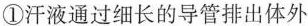
①汗液通过细长的导管排出体外